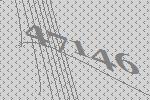
47146